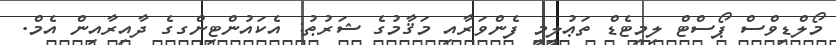
މޯލްޑިވްސް ޕޯސްޓް ލިމިޓެޑް ތަޢުލީމީ ފެންވަރާއި މަޤާމުގެ ޝަރުޠު: އެކައުންޓިންގގެ ދާއިރާއިން އެމް.